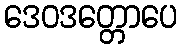
ဒေဝဒတ္တောပေ